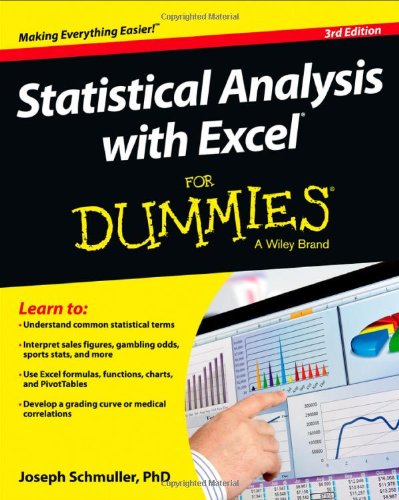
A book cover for Statistical Analysis with Excel For Dummies; Joseph Schmuller; Computers & Technology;